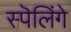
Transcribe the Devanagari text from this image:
स्पॆलिंगे